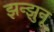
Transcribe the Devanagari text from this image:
झन्झुनू